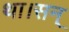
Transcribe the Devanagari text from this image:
था।सन्